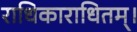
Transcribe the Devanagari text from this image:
राधिकाराधितम्।